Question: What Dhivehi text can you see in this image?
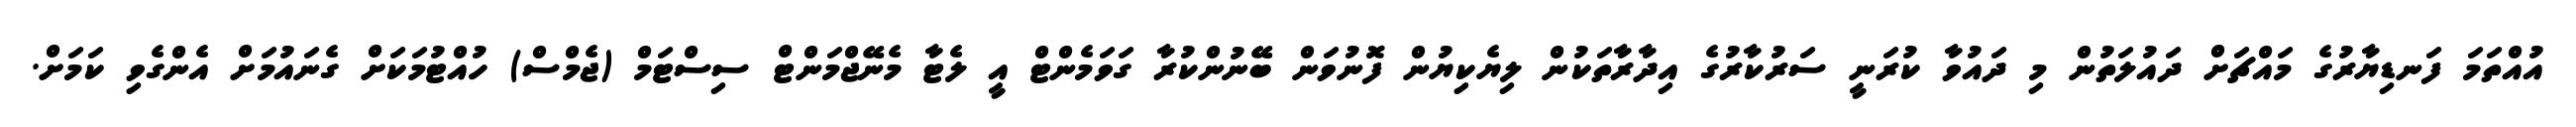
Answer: އުއްތަމަ ފަނޑިޔާރުގެ މައްޗަށް ދައުލަތުން މި ދައުވާ ކުރަނީ ސަރުކާރުގެ އިދާރާތަކުން ލިޔެކިޔުން ފޮނުވަން ބޭނުންކުރާ ގަވަމެންޓް އީ ލެޓާ މެނޭޖްމަންޓް ސިސްޓަމް (ޖެމްސް) ހުއްޓުމަކަށް ގެނައުމަށް އެންގެވި ކަމަށް.